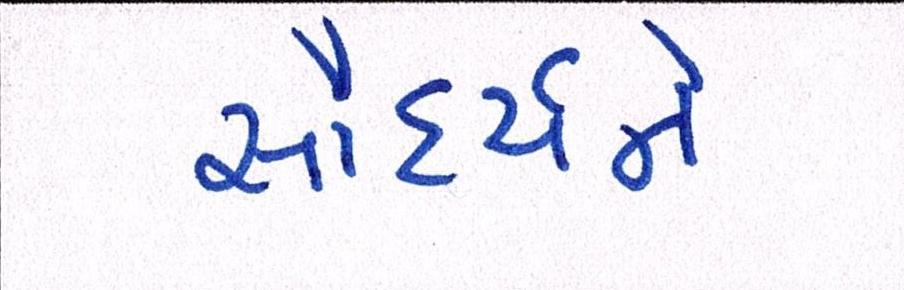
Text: સૌદર્યને